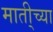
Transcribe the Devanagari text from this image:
माती्च्या